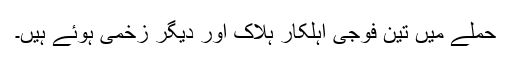
حملے میں تین فوجی اہلکار ہلاک اور دیگر زخمی ہوئے ہیں۔